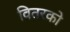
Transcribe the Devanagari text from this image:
वितरको